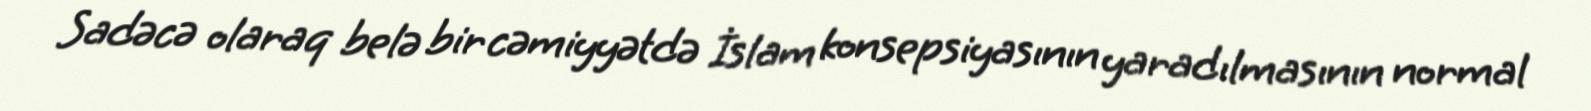
Sadəcə olaraq belə bir cəmiyyətdə İslam konsepsiyasının yaradılmasının normal